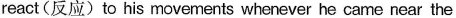
react(反应) to his movements whenever he came near the